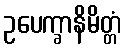
ဥပေက္ခာနိမိတ္တံ